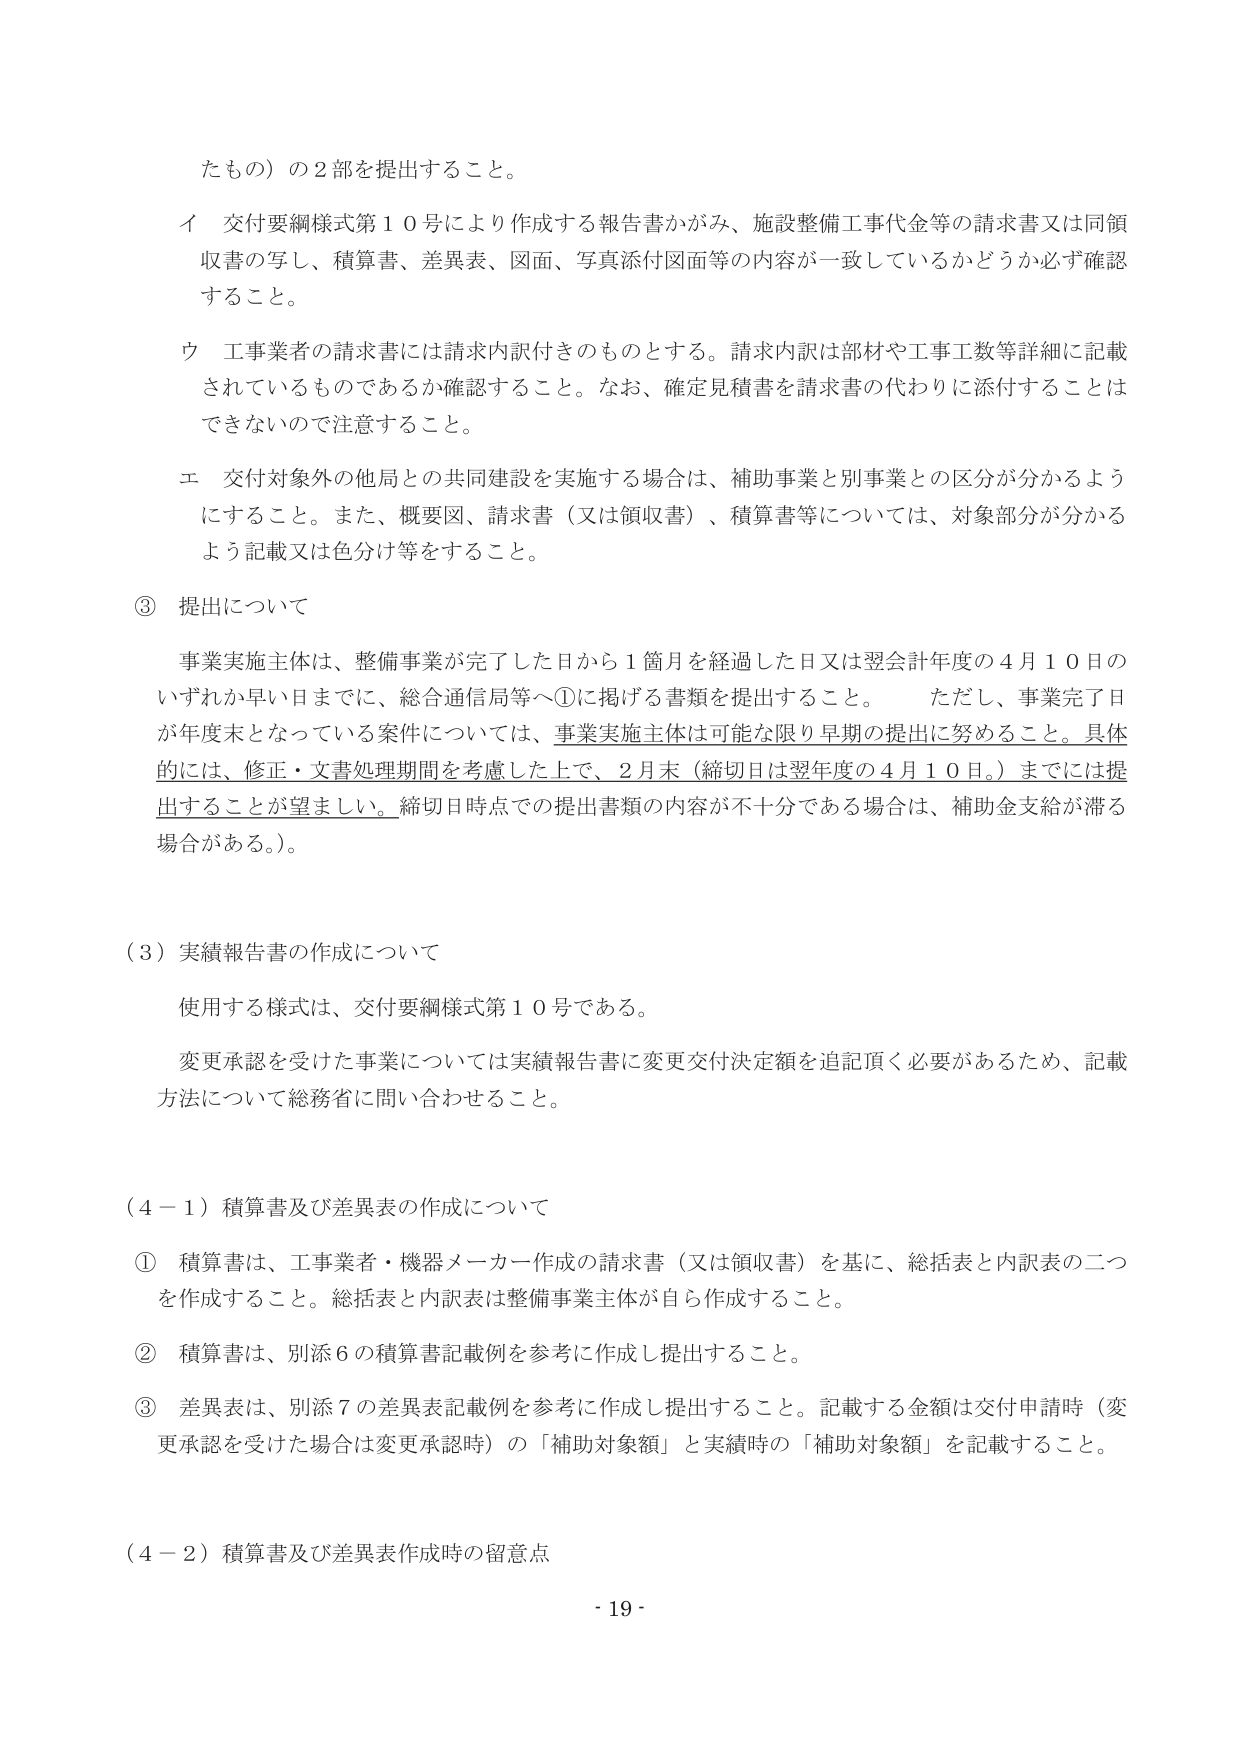
たもの）の２部を提出すること。

イ 交付要綱様式第１０号により作成する報告書かがみ、施設整備工事代金等の請求書又は同領収書の写し、積算書、差異表、図面、写真添付図面等の内容が一致しているかどうか必ず確認すること。

ウ 工事業者の請求書には請求内訳付きのものとする。請求内訳は部材や工事工数等詳細に記載されているものであるか確認すること。なお、確定見積書を請求書の代わりに添付することはできないので注意すること。

エ 交付対象外の他局との共同建設を実施する場合は、補助事業と別事業との区分が分かるようにすること。また、概要図、請求書（又は領収書）、積算書等については、対象部分が分かるよう記載又は色分け等をすること。

③ 提出について

事業実施主体は、整備事業が完了した日から１箇月を経過した日又は翌会計年度の４月１０日のいずれか早い日までに、総合通信局等へ①に掲げる書類を提出すること。 ただし、事業完了日が年度末となっている案件については、事業実施主体は可能な限り早期の提出に努めること。具体的には、修正・文書処理期間を考慮した上で、２月末（締切日は翌年度の４月１０日。）までには提出することが望ましい。締切日時点での提出書類の内容が不十分である場合は、補助金支給が滞る場合がある。）。

（３）実績報告書の作成について

使用する様式は、交付要綱様式第１０号である。

変更承認を受けた事業については実績報告書に変更交付決定額を追記頂く必要があるため、記載方法について総務省に問い合わせること。

（４－１）積算書及び差異表の作成について

① 積算書は、工事業者・機器メーカー作成の請求書（又は領収書）を基に、総括表と内訳表の二つを作成すること。総括表と内訳表は整備事業主体が自ら作成すること。

② 積算書は、別添６の積算書記載例を参考に作成し提出すること。

③ 差異表は、別添７の差異表記載例を参考に作成し提出すること。記載する金額は交付申請時（変更承認を受けた場合は変更承認時）の「補助対象額」と実績時の「補助対象額」を記載すること。

（４－２）積算書及び差異表作成時の留意点

- 19 -